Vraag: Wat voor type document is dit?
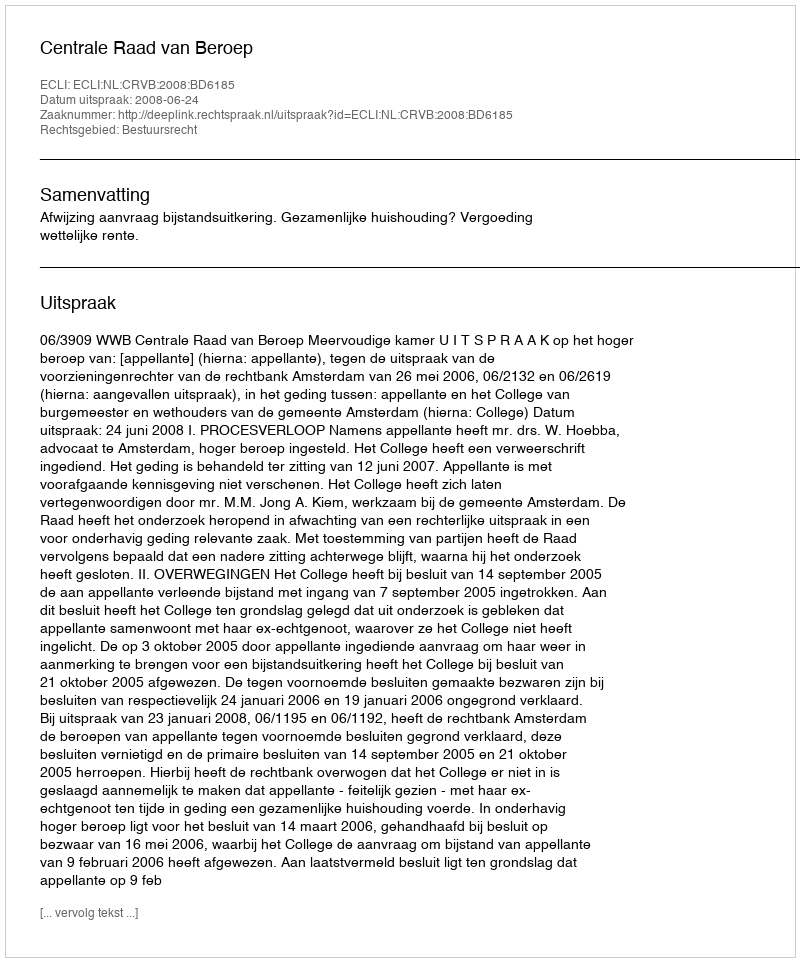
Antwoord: Uitspraak